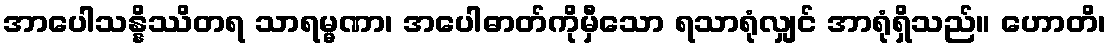
အာပေါသန္နိဿိတရ သာရမ္မဏာ၊ အပေါဓာတ်ကိုမှီသော ရသာရုံလျှင် အာရုံရှိသည်။ ဟောတိ၊